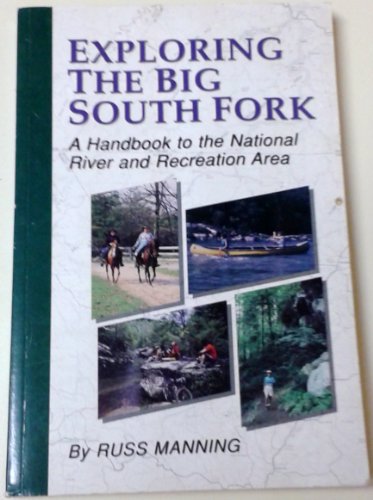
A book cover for Exploring the Big South Fork; Russ Manning; Travel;